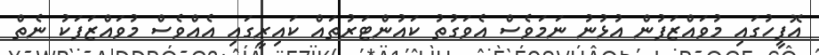
އޮފީހުގައި މުވައްޒަފުން އުޅުނު ނަމަވެސް އެވަގުތު ކައުންޓަރުތައް ކައިރީގައި އެއްވެސް މުވައްޒަފަކު ނެތް